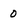
Character: 0